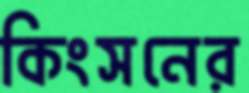
কিংসনের